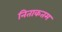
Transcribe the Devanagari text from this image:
निताकतम